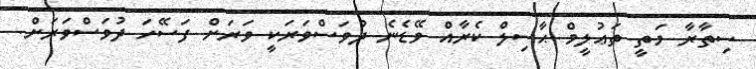
ސިތާރާ މަތީ ތަޢުލީމް ޙާސިލް ކެރާއް ވޭޑެނެ ދުވަސްވަރަކީ ވަރަށް ފަސޭހަ ދުވަސްވަރަށް.